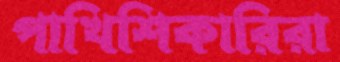
পাখিশিকারিরা